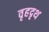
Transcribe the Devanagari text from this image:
वृहदृथ